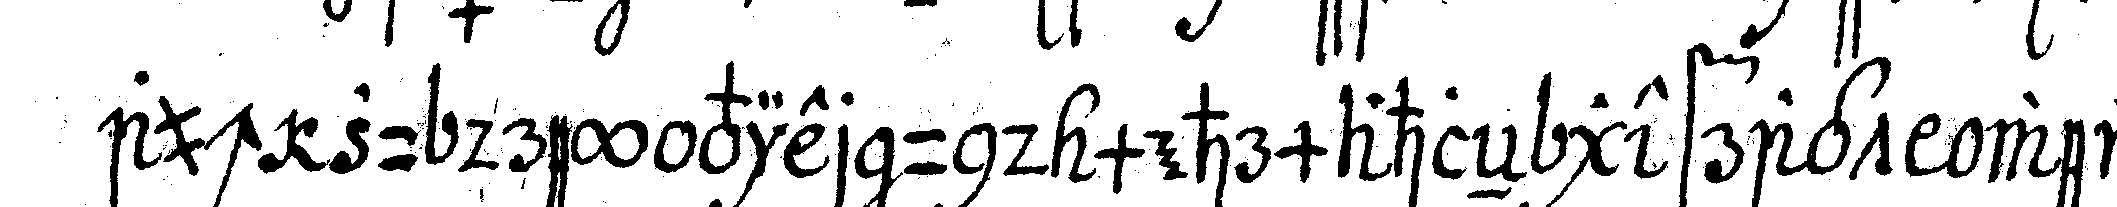
auch zu drey vier und mehrmahleN gefragt wer